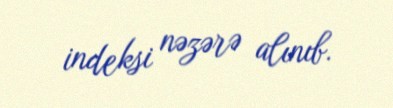
indeksi nəzərə alınıb.